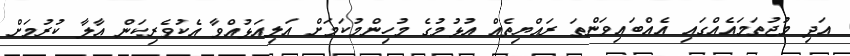
އަދި މުޖުތަމައެއްގައި އެއްބައިވަންތަ ރައްޔިތެއް އުޅުމުގެ މުހިންމުކަމަށް އަލިއަޅުއްވާ އެކުވެރިކަން ޢާލާ ކުރުމަށް